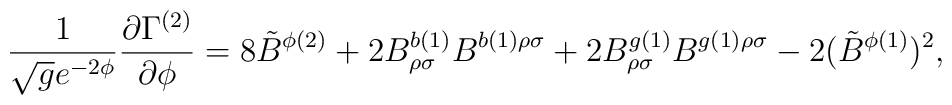
\frac{1}{\sqrt{g} e^{-2 \phi}} \frac{ \partial \Gamma^{(2)}}{\partial \phi}= 8 {\tilde{B}}^{\phi(2)} + 2 B^{b(1)}_{\rho\sigma}B^{b(1)\rho \sigma} + 2B^{g(1)}_{\rho\sigma}B^{g(1)\rho \sigma} - 2({\tilde{B}}^{\phi(1)} )^{2},